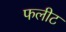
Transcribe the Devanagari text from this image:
फलीट